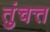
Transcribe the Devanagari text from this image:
तुंचत्त